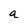
Character: a